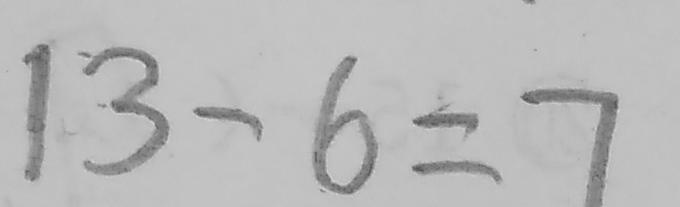
1 3 - 6 = 7